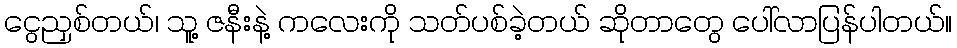
ငွေညှစ်တယ်၊ သူ့ ဇနီးနဲ့ ကလေးကို သတ်ပစ်ခဲ့တယ် ဆိုတာတွေ ပေါ်လာပြန်ပါတယ်။